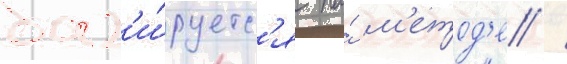
баз'и́руетс'я на́ м'етод'е /